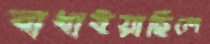
বাধাইয়াছিলে